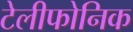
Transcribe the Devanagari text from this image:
टेलीफोनिक